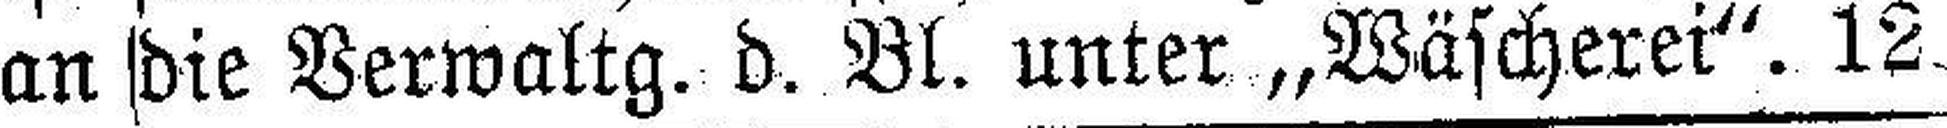
an die Verwaltg. d. Bl. unter „Wäscherei“. 12.